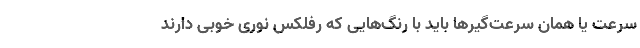
سرعت یا همان سرعت‌گیرها باید با رنگ‌هایی که رفلکس نوری خوبی دارند